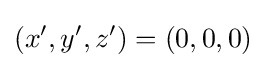
\left(x',y',z'\right)=(0,0,0)